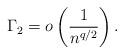
LaTeX: \begin{align*}\Gamma_2=o\left(\frac{1}{n^{q/2}}\right).\end{align*}